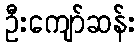
ဦးကျော်ဆန်း